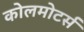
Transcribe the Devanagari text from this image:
कोलमोटर्स